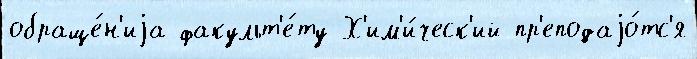
обраще́н'иjа факульт'е́ту Х'им'и́ческ'ий пр'еподаjо́тс'я